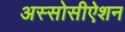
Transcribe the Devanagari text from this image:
अस्सोसीऐशन